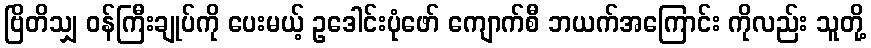
ဗြိတိသျှ ဝန်ကြီးချုပ်ကို ပေးမယ့် ဥဒေါင်းပုံဖော် ကျောက်စီ ဘယက်အကြောင်း ကိုလည်း သူတို့